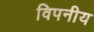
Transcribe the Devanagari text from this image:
विपनीय